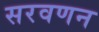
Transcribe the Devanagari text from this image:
सरवणन